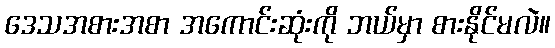
ဒေသအစားအစာ အကောင်းဆုံးကို ဘယ်မှာ စားနိုင်မလဲ။